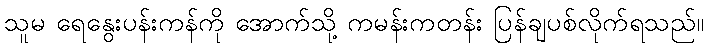
သူမ ရေနွေးပန်းကန်ကို အောက်သို့ ကမန်းကတန်း ပြန်ချပစ်လိုက်ရသည်။